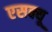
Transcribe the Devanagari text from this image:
एसक्यू